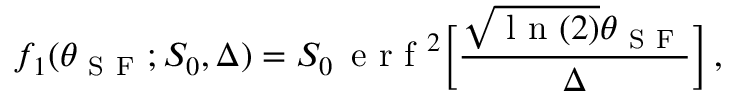
f _ { 1 } ( \theta _ { \mathrm { ~ S ~ F ~ } } ; S _ { 0 } , \Delta ) = S _ { 0 } \, \mathrm { ~ e ~ r ~ f ~ } ^ { 2 } \biggl [ \frac { \sqrt { \mathrm { ~ l ~ n ~ } ( 2 ) } \theta _ { \mathrm { ~ S ~ F ~ } } } { \Delta } \biggr ] \, ,